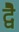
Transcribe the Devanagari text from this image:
द्वेै